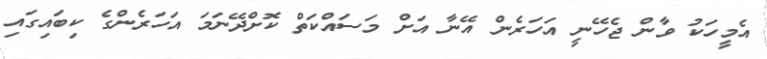
އެމީހަކު ވާން ޖެހޭނީ އަހަރެން އޭނާ އަށް މަސައްކަތް ކޮށްދޭނަމަ އަހަރެންގެ ކިބައިގައި